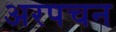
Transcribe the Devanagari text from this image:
अरपचन